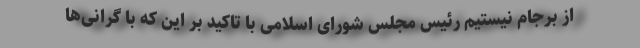
از برجام نیستیم رئیس مجلس شورای اسلامی با تاکید بر این که با گرانی‌ها